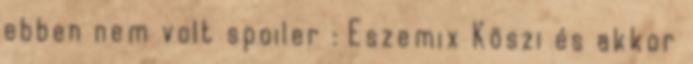
ebben nem volt spoiler : Eszemix Köszi és akkor